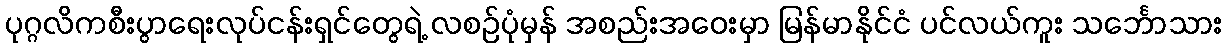
ပုဂ္ဂလိကစီးပွာရေးလုပ်ငန်းရှင်တွေရဲ့ လစဉ်ပုံမှန် အစည်းအဝေးမှာ မြန်မာနိုင်ငံ ပင်လယ်ကူး သင်္ဘောသား